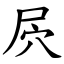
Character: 屄